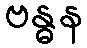
ဗန္ဓန